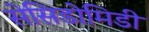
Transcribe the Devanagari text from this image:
सेसिडोमिडी